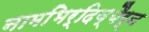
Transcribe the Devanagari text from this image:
नामभिर्दिव्यैर्न